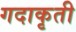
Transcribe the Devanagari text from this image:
गदाकृती